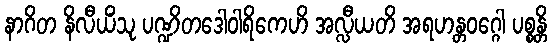
နာဂိတ နိလီယိံသု ပဏ္ဍိတဒေါဝါရိကေဟိ အလ္လီယတိ အရဟန္တဝဂ္ဂေါ ပစ္စန္တိ